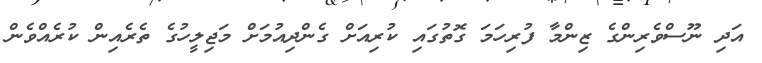
އަދި ނޫސްވެރިންގެ ޒިންމާ ފުރިހަމަ ގޮތުގައި ކުރިއަށް ގެންދިއުމަށް މަޖިލީހުގެ ތެރެއިން ކުރެއްވެން